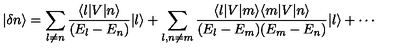
| \delta n \rangle = \sum _ { l \neq n } { \frac { \langle l | V | n \rangle } { ( E _ { l } - E _ { n } ) } } | l \rangle + \sum _ { l , n \neq m } { \frac { \langle l | V | m \rangle \langle m | V | n \rangle } { ( E _ { l } - E _ { m } ) ( E _ { m } - E _ { n } ) } } | l \rangle + \cdots